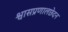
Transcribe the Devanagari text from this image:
श्वासप्रणालछेदन